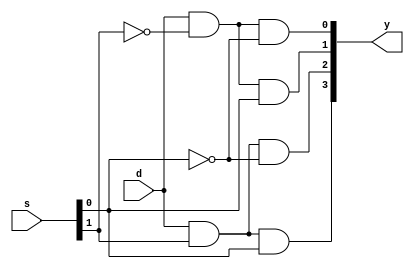
module demux_1_4_data(d,s,y);
input d;
input [1:0]s;
output [3:0]y;
assign y[0]=d&(~s[1])&(~s[0]);
assign y[1]=d&(~s[1])&(s[0]);
assign y[2]=d&(s[1])&(~s[0]);
assign y[3]=d&(s[1])&(s[0]);
endmodule